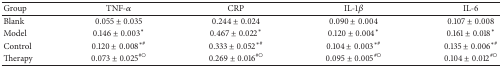
<table><thead><tr><td><b>Group</b></td><td><b>TNF-<i>α</i></b></td><td><b>CRP</b></td><td><b>IL-1<i>β</i></b></td><td><b>IL-6</b></td></tr></thead><tbody><tr><td>Blank</td><td>0.055 ± 0.035</td><td>0.244 ± 0.024</td><td>0.090 ± 0.004</td><td>0.107 ± 0.008</td></tr><tr><td>Model</td><td>0.146 ± 0.003<sup><i>∗</i></sup></td><td>0.467 ± 0.022<sup><i>∗</i></sup></td><td>0.120 ± 0.004<sup><i>∗</i></sup></td><td>0.161 ± 0.018<sup><i>∗</i></sup></td></tr><tr><td>Control</td><td>0.120 ± 0.008<sup><i>∗</i>#</sup></td><td>0.333 ± 0.052<sup><i>∗</i>#</sup></td><td>0.104 ± 0.003<sup><i>∗</i>#</sup></td><td>0.135 ± 0.006<sup><i>∗</i>#</sup></td></tr><tr><td>Therapy</td><td>0.073 ± 0.025<sup>#○</sup></td><td>0.269 ± 0.016<sup>#○</sup></td><td>0.095 ± 0.005<sup>#○</sup></td><td>0.104 ± 0.012<sup>#○</sup></td></tr></tbody></table>